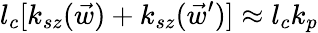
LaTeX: l_{c}[k_{sz}(\vec{w})+k_{sz}(\vec{w}^{\prime})]\approx l_{c}k_{p}